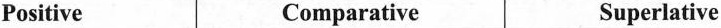
Positive Comparative Superlative